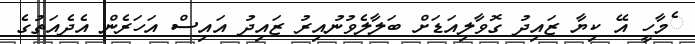
ެމާހީ އޭ ކިޔާ ޒައިދު ގޮވާލިއަޑަށް ބަލާލެވުނުއިރު ޒައިދު އައިސް އަހަރެން އެދެއަތުގެ